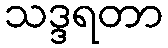
သဒ္ဒရတာ